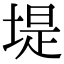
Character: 堤